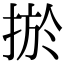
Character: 𢮁